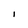
Character: l